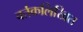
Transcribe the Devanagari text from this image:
वर्तकलिखित